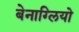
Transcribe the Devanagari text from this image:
बेनाग्लियो